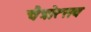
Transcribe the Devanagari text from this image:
चैत्रोत्सव